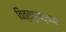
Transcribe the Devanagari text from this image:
वित्तपुरवठ्यावर